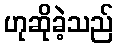
ဟုဆိုခဲ့သည်